Report of the King Institute of Preventive Medicine, Guindy
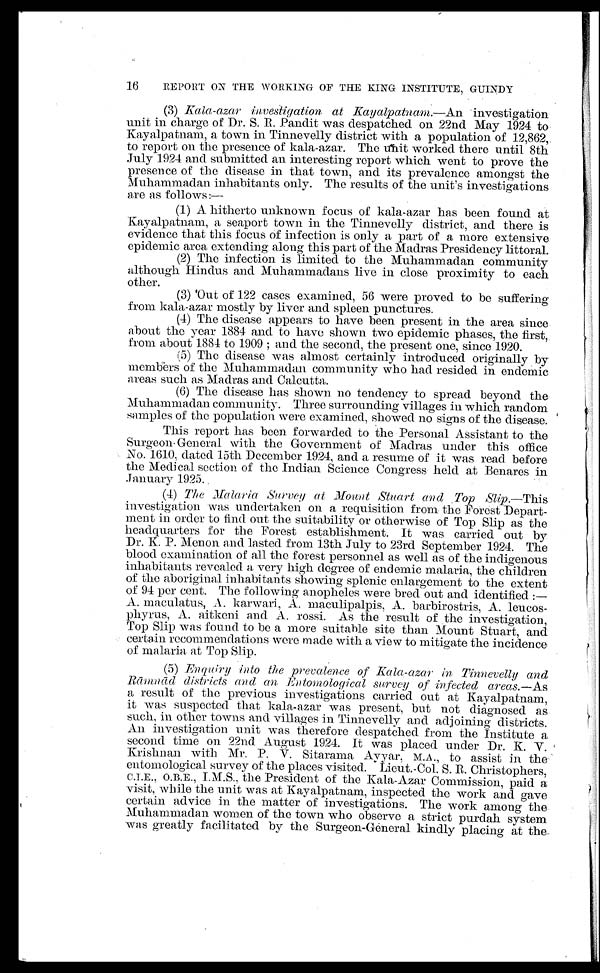
REPORT ON THE WORKING OF THE KING INSTITUTE, GUINDY
(3) K ala-azar investigation at Kayalpatnam. —An investigation
unit in charge of Dr. S. R. Pandit was despatched on 22nd May 1924 to
Kayalpatnam, a town in Tinnevelly district with a population of 12,862,
to report on the presence of kala-azar. The unit worked there until 8th
July 1924 and submitted an interesting report which went to prove the
presence of the disease in that town, and its prevalence amongst the
Muhammadan inhabitants only. The results of the unit's investigations
are as follows:—
(1) A hitherto unknown focus of kala-azar has been found at
Kayalpatnam, a seaport town in the Tinnevelly district, and there is
evidence that this focus of infection is only a part of a more extensive
epidemic area extending along this part of the Madras Presidency littoral.
(2) The infection is limited to the Muhammadan community
although Hindus and Muhammadans live in close proximity to each
other.
(3) 'Out of 122 cases examined, 56 were proved to be suffering
from kala-azar mostly by liver and spleen punctures.
(4) The disease appears to have been present in the area since
about the year 1884 and to have shown two epidemic phases, the first,
from about 1884 to 1909 ; and the second, the present one, since 1920.
(5) The disease was almost certainly introduced originally by
members of the Muhammadan community who had resided in endemic
areas such as Madras and Calcutta.
(6) The disease has shown no tendency to spread beyond the
Muhammadan community. Three surrounding villages in which random
samples of the population were examined, showed no signs of the disease.
This report has been forwarded to the Personal Assistant to the
Surgeon-General with the Government of Madras under this office
No. 1610, dated 15th December 1924, and a resume of it was read before
the Medical section of the Indian Science Congress held at Benares in
January 1925.
(4) The Malaria Survey at Mount Stuart and Top slip. — T h i s
investigation was undertaken on a requisition from the Forest Depart
-
ment in order to find out the suitability or otherwise of Top Slip as the
headquarters for the Forest establishment. It was carried out by
Dr. K. P. Menon and lasted from 13th July to 23rd September 1924. The
blood examination of all the forest personnel as well as of the indigenous
inhabitants revealed a very high degree of endemic malaria, the children
of the aboriginal inhabitants showing splenic enlargement to the extent
of 94 per cent. The following anopheles were bred out and identified :— -
A. maculatus, A. karwari, A. maculipalpis, A. barbirostris, A. leucos
-
phyrus, A. aitkeni and A. rossi. As the result of the investigation,
Top Slip was found to be a more suitable site than Mount Stuart, and
certain recommendations were made with a view to mitigate the incidence
of malaria at Top Slip.
(5) Enquiry into the prevalence of Kala-azar in Tinnevelly and
Rā mnā d districts and an Entomological survey of infected areas. —As
a result of the previous investigations carried out at Kayalpatnam,
it was suspected that kala-azar was present, but not diagnosed as
such, in other towns and villages in Tinnevelly and adjoining districts.
An investigation unit was therefore despatched from the Institute a
second time on 22nd August 1924. It was placed under Dr. K. V.
Krishnan with Mr. P. V. Sitarama Ayyar, M.A., to assist in the
entomological survey of the places visited. Lieut.-Col. S. R. Christophers,
C.I.E., O.B.E., I.M.S., the President of the Kala-Azar Commission, paid a
visit, while the unit was at Kayalpatnam, inspected the work and gave
certain advice in the matter of investigations. The work among the
Muhammadan women of the town who observe a strict purdah system
was greatly facilitated by the Surgeon-General kindly placing at the
16